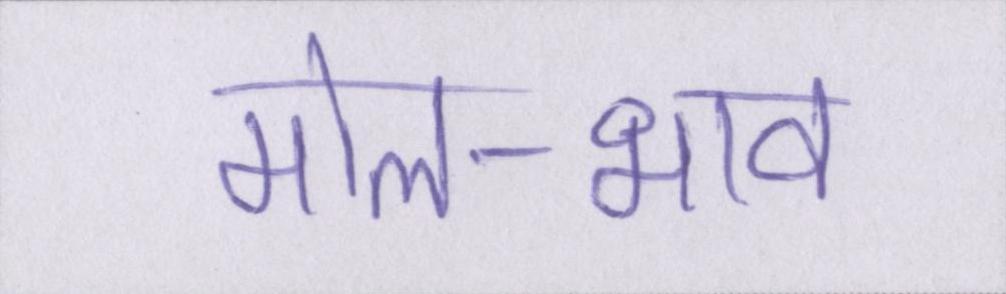
मोल-भाव